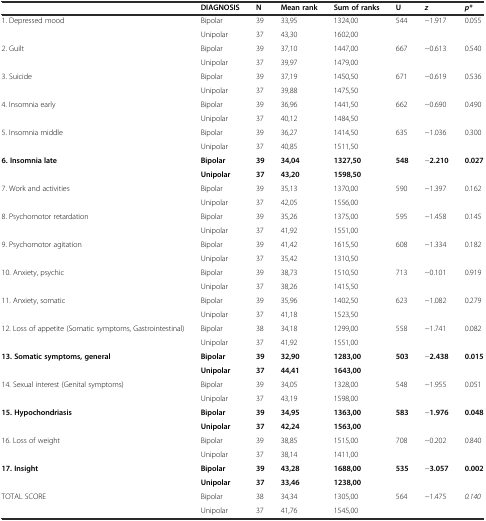
<table><thead><tr><td></td><td><b>DIAGNOSIS</b></td><td><b>N</b></td><td><b>Mean rank</b></td><td><b>Sum of ranks</b></td><td><b>U</b></td><td><b><i>z</i></b></td><td><b><i>p*</i></b></td></tr></thead><tbody><tr><td rowspan="2">1. Depressed mood</td><td>Bipolar</td><td>39</td><td>33,95</td><td>1324,00</td><td rowspan="2">544</td><td rowspan="2">−1.917</td><td rowspan="2">0.055</td></tr><tr><td>Unipolar</td><td>37</td><td>43,30</td><td>1602,00</td></tr><tr><td rowspan="2">2. Guilt</td><td>Bipolar</td><td>39</td><td>37,10</td><td>1447,00</td><td rowspan="2">667</td><td rowspan="2">−0.613</td><td rowspan="2">0.540</td></tr><tr><td>Unipolar</td><td>37</td><td>39,97</td><td>1479,00</td></tr><tr><td rowspan="2">3. Suicide</td><td>Bipolar</td><td>39</td><td>37,19</td><td>1450,50</td><td rowspan="2">671</td><td rowspan="2">−0.619</td><td rowspan="2">0.536</td></tr><tr><td>Unipolar</td><td>37</td><td>39,88</td><td>1475,50</td></tr><tr><td rowspan="2">4. Insomnia early</td><td>Bipolar</td><td>39</td><td>36,96</td><td>1441,50</td><td rowspan="2">662</td><td rowspan="2">−0.690</td><td rowspan="2">0.490</td></tr><tr><td>Unipolar</td><td>37</td><td>40,12</td><td>1484,50</td></tr><tr><td rowspan="2">5. Insomnia middle</td><td>Bipolar</td><td>39</td><td>36,27</td><td>1414,50</td><td rowspan="2">635</td><td rowspan="2">−1.036</td><td rowspan="2">0.300</td></tr><tr><td>Unipolar</td><td>37</td><td>40,85</td><td>1511,50</td></tr><tr><td rowspan="2"><b>6. Insomnia late</b></td><td><b>Bipolar</b></td><td><b>39</b></td><td><b>34,04</b></td><td><b>1327,50</b></td><td rowspan="2"><b>548</b></td><td rowspan="2">−<b>2.210</b></td><td rowspan="2"><b>0.027</b></td></tr><tr><td><b>Unipolar</b></td><td><b>37</b></td><td><b>43,20</b></td><td><b>1598,50</b></td></tr><tr><td rowspan="2">7. Work and activities</td><td>Bipolar</td><td>39</td><td>35,13</td><td>1370,00</td><td rowspan="2">590</td><td rowspan="2">−1.397</td><td rowspan="2">0.162</td></tr><tr><td>Unipolar</td><td>37</td><td>42,05</td><td>1556,00</td></tr><tr><td rowspan="2">8. Psychomotor retardation</td><td>Bipolar</td><td>39</td><td>35,26</td><td>1375,00</td><td rowspan="2">595</td><td rowspan="2">−1.458</td><td rowspan="2">0.145</td></tr><tr><td>Unipolar</td><td>37</td><td>41,92</td><td>1551,00</td></tr><tr><td rowspan="2">9. Psychomotor agitation</td><td>Bipolar</td><td>39</td><td>41,42</td><td>1615,50</td><td rowspan="2">608</td><td rowspan="2">−1.334</td><td rowspan="2">0.182</td></tr><tr><td>Unipolar</td><td>37</td><td>35,42</td><td>1310,50</td></tr><tr><td rowspan="2">10. Anxiety, psychic</td><td>Bipolar</td><td>39</td><td>38,73</td><td>1510,50</td><td rowspan="2">713</td><td rowspan="2">−0.101</td><td rowspan="2">0.919</td></tr><tr><td>Unipolar</td><td>37</td><td>38,26</td><td>1415,50</td></tr><tr><td rowspan="2">11. Anxiety, somatic</td><td>Bipolar</td><td>39</td><td>35,96</td><td>1402,50</td><td rowspan="2">623</td><td rowspan="2">−1.082</td><td rowspan="2">0.279</td></tr><tr><td>Unipolar</td><td>37</td><td>41,18</td><td>1523,50</td></tr><tr><td rowspan="2">12. Loss of appetite (Somatic symptoms, Gastrointestinal)</td><td>Bipolar</td><td>38</td><td>34,18</td><td>1299,00</td><td rowspan="2">558</td><td rowspan="2">−1.741</td><td rowspan="2">0.082</td></tr><tr><td>Unipolar</td><td>37</td><td>41,92</td><td>1551,00</td></tr><tr><td rowspan="2"><b>13. Somatic symptoms, general</b></td><td><b>Bipolar</b></td><td><b>39</b></td><td><b>32,90</b></td><td><b>1283,00</b></td><td rowspan="2"><b>503</b></td><td rowspan="2">−<b>2.438</b></td><td rowspan="2"><b>0.015</b></td></tr><tr><td><b>Unipolar</b></td><td><b>37</b></td><td><b>44,41</b></td><td><b>1643,00</b></td></tr><tr><td rowspan="2">14. Sexual interest (Genital symptoms)</td><td>Bipolar</td><td>39</td><td>34,05</td><td>1328,00</td><td rowspan="2">548</td><td rowspan="2">−1.955</td><td rowspan="2">0.051</td></tr><tr><td>Unipolar</td><td>37</td><td>43,19</td><td>1598,00</td></tr><tr><td rowspan="2"><b>15. Hypochondriasis</b></td><td><b>Bipolar</b></td><td><b>39</b></td><td><b>34,95</b></td><td><b>1363,00</b></td><td rowspan="2"><b>583</b></td><td rowspan="2">−<b>1.976</b></td><td rowspan="2"><b>0.048</b></td></tr><tr><td><b>Unipolar</b></td><td><b>37</b></td><td><b>42,24</b></td><td><b>1563,00</b></td></tr><tr><td rowspan="2">16. Loss of weight</td><td>Bipolar</td><td>39</td><td>38,85</td><td>1515,00</td><td rowspan="2">708</td><td rowspan="2">−0.202</td><td rowspan="2">0.840</td></tr><tr><td>Unipolar</td><td>37</td><td>38,14</td><td>1411,00</td></tr><tr><td rowspan="2"><b>17. Insight</b></td><td><b>Bipolar</b></td><td><b>39</b></td><td><b>43,28</b></td><td><b>1688,00</b></td><td rowspan="2"><b>535</b></td><td rowspan="2">−<b>3.057</b></td><td rowspan="2"><b>0.002</b></td></tr><tr><td><b>Unipolar</b></td><td><b>37</b></td><td><b>33,46</b></td><td><b>1238,00</b></td></tr><tr><td>TOTAL SCORE</td><td>Bipolar</td><td>38</td><td>34,34</td><td>1305,00</td><td rowspan="2">564</td><td rowspan="2">−1.475</td><td rowspan="2"><i>0.140</i></td></tr><tr><td></td><td>Unipolar</td><td>37</td><td>41,76</td><td>1545,00</td></tr></tbody></table>